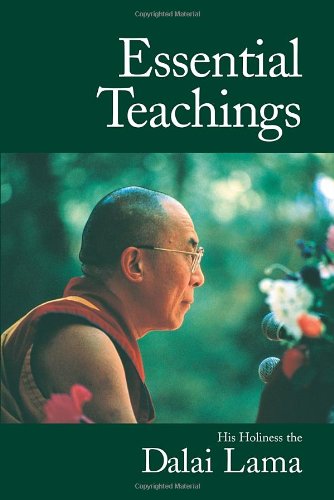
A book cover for Essential Teachings; His Holiness The Dalai Lama; Religion & Spirituality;